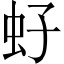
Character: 虸